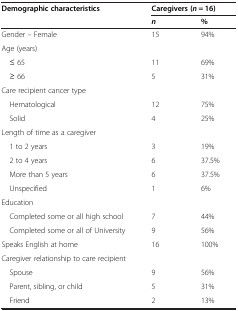
| <ROWSPAN=2> Demographic characteristics | <COLSPAN=2> Caregivers (n = 16) |
 | n | % |
 | --- | --- | --- |
 | Gender – Female | 15 | 94% |
 | Age (years) |  |  |
 | ≤ 65 | 11 | 69% |
 | ≥ 66 | 5 | 31% |
 | Care recipient cancer type |  |  |
 | Hematological | 12 | 75% |
 | Solid | 4 | 25% |
 | Length of time as a caregiver |  |  |
 | 1 to 2 years | 3 | 19% |
 | 2 to 4 years | 6 | 37.5% |
 | More than 5 years | 6 | 37.5% |
 | Unspecified | 1 | 6% |
 | Education |  |  |
 | Completed some or all high school | 7 | 44% |
 | Completed some or all of University | 9 | 56% |
 | Speaks English at home | 16 | 100% |
 | Caregiver relationship to care recipient |  |  |
 | Spouse | 9 | 56% |
 | Parent, sibling, or child | 5 | 31% |
 | Friend | 2 | 13% |